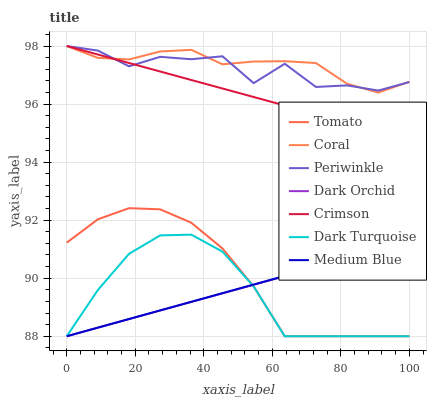
| xaxis_label | Tomato | Coral | Periwinkle | Dark Orchid | Crimson | Dark Turquoise | Medium Blue |
 | --- | --- | --- | --- | --- | --- | --- | --- |
 | 0 | 91.2 | 98 | 98 | 88 | 98 | 88 | 88 |
 | 9.09 | 92 | 97.6 | 97.8 | 88.3 | 97.7 | 89.6 | 88.3 |
 | 18.2 | 92.4 | 97.5 | 97.3 | 88.6 | 97.4 | 90.8 | 88.6 |
 | 27.3 | 92.4 | 97.8 | 97.6 | 88.9 | 97.1 | 91.5 | 88.9 |
 | 36.4 | 91.9 | 97.9 | 97.5 | 89.2 | 96.8 | 91.5 | 89.2 |
 | 45.5 | 91 | 97.4 | 97.6 | 89.5 | 96.5 | 90.9 | 89.5 |
 | 54.5 | 89.7 | 97.5 | 96.7 | 89.8 | 96.2 | 89.7 | 89.8 |
 | 63.6 | 88 | 97.5 | 97.4 | 90.1 | 96 | 88 | 90.1 |
 | 72.7 | 88 | 97.4 | 96.6 | 90.4 | 95.7 | 88 | 90.4 |
 | 81.8 | 88 | 96.7 | 96.6 | 90.7 | 95.4 | 88 | 90.7 |
 | 90.9 | 88 | 96.4 | 96.5 | 91 | 95.1 | 88 | 91 |
 | 100 | 88 | 96.8 | 96.8 | 91.3 | 94.8 | 88 | 91.3 |